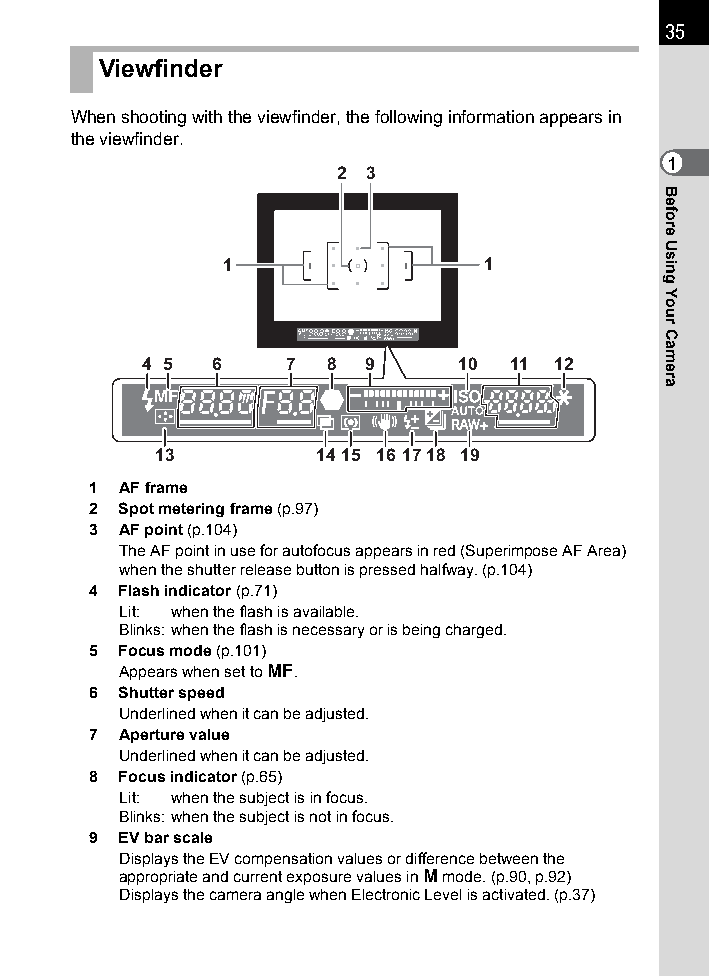
35
 Viewfinder
 When shooting with the viewfinder, the following information appears in
 the viewfinder.
 1
 2 3
 1                1
 4 5  6    7 8  9     10  11 12
 13         1415 16 1718 19
 1 AF frame
 2 Spot metering frame (p.97)
 3 AF point (p.104)
 The AF point in use for autofocus appears in red (Superimpose AF Area)
 when the shutter release button is pressed halfway. (p.104)
 4 Flash indicator (p.71)
 Lit: when the flash is available.
 Blinks:when the flash is necessary or is being charged.
 5 Focus mode (p.101)
 Appears when set to \.
 6 Shutter speed
 Underlined when it can be adjusted.
 7 Aperture value
 Underlined when it can be adjusted.
 8 Focus indicator (p.65)
 Lit: when the subject is in focus.
 Blinks:when the subject is not in focus.
 9 EV bar scale
 Displays the EV compensation values or difference between the
 appropriate and current exposure values in a mode. (p.90, p.92)
 Displays the camera angle when Electronic Level is activated. (p.37)
 Before
 Using
 Your
 Camera